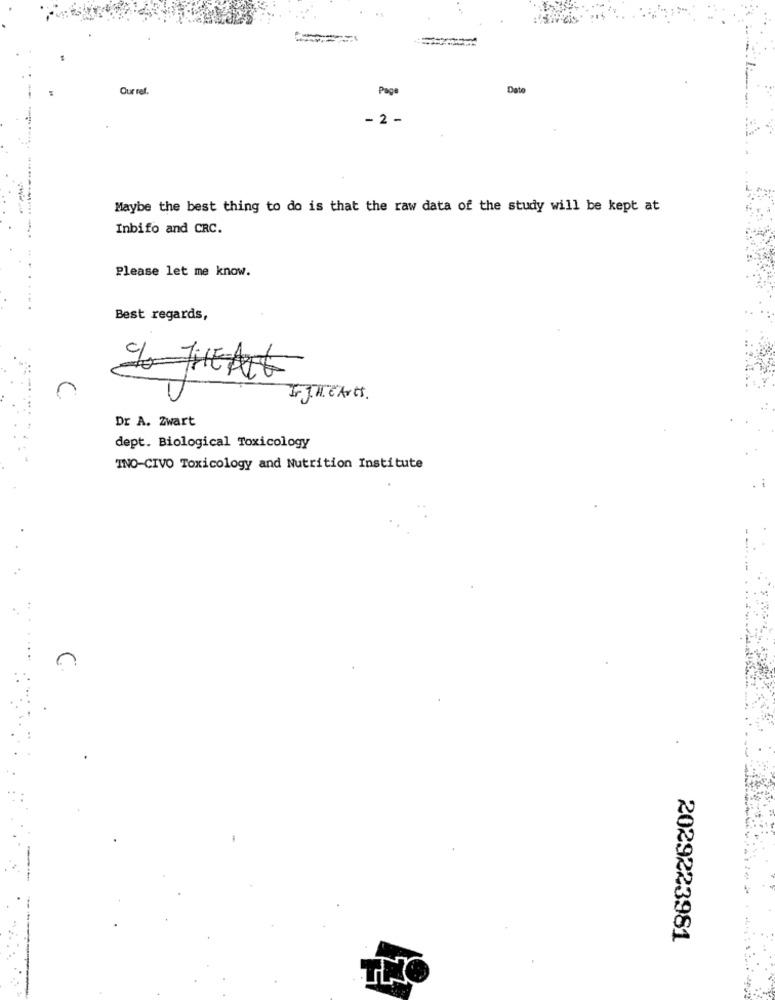
Our ref.
Page
Date
2 -
Maybe the best thing to do is that the raw data of the study will be kept at
.
Inbifo and CRC.
Please let me know.
-----------
...
Best regards,
Ir J.H. C Arts.
Dr A. Zwart
dept. Biological Toxicology
INO-CIVO Toxicology and Nutrition Institute
2029223981